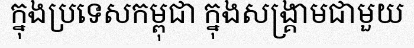
ក្នុងប្រទេសកម្ពុជា ក្នុងសង្គ្រាមជាមួយ